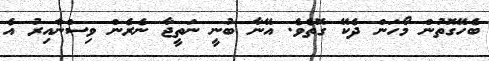
ބެހޭގޮތުން މޯހަން ދެކޭ ގޮތެވެ. އޭނާ ބުނީ ނަތީޖާ ނެރެން ވިސްނާއިރު އެ